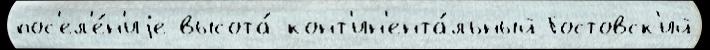
пос'ел'е́н'иjе высота́ конт'ин'ента́льный Гостовск'ий